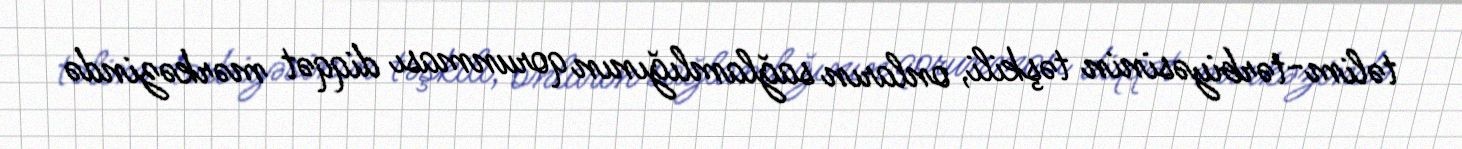
təlim-tərbiyəsinin təşkili, onların sağlamlığının qorunması diqqət mərkəzində